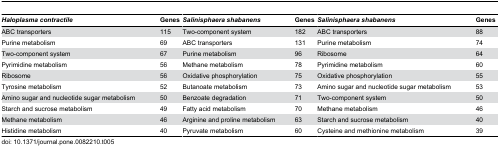
<table><thead><tr><td><b><i>Haloplasma contractile</i></b></td><td><b>Genes</b></td><td><b><i>Salinisphaera shabanens</i></b></td><td><b>Genes</b></td><td><b><i>Salinisphaera shabanens</i></b></td><td><b>Genes</b></td></tr></thead><tbody><tr><td>ABC transporters </td><td>115</td><td>Two-component system </td><td>182</td><td>ABC transporters </td><td>88</td></tr><tr><td>Purine metabolism </td><td>69</td><td>ABC transporters </td><td>131</td><td>Purine metabolism </td><td>74</td></tr><tr><td>Two-component system </td><td>67</td><td>Purine metabolism </td><td>96</td><td>Ribosome </td><td>64</td></tr><tr><td>Pyrimidine metabolism </td><td>56</td><td>Methane metabolism </td><td>78</td><td>Pyrimidine metabolism </td><td>60</td></tr><tr><td>Ribosome </td><td>56</td><td>Oxidative phosphorylation </td><td>75</td><td>Oxidative phosphorylation </td><td>55</td></tr><tr><td>Tyrosine metabolism </td><td>52</td><td>Butanoate metabolism </td><td>73</td><td>Amino sugar and nucleotide sugar metabolism </td><td>53</td></tr><tr><td>Amino sugar and nucleotide sugar metabolism </td><td>50</td><td>Benzoate degradation </td><td>71</td><td>Two-component system </td><td>50</td></tr><tr><td>Starch and sucrose metabolism </td><td>49</td><td>Fatty acid metabolism </td><td>70</td><td>Methane metabolism </td><td>46</td></tr><tr><td>Methane metabolism </td><td>46</td><td>Arginine and proline metabolism </td><td>63</td><td>Starch and sucrose metabolism </td><td>40</td></tr><tr><td>Histidine metabolism </td><td>40</td><td>Pyruvate metabolism </td><td>60</td><td>Cysteine and methionine metabolism </td><td>39</td></tr></tbody></table>